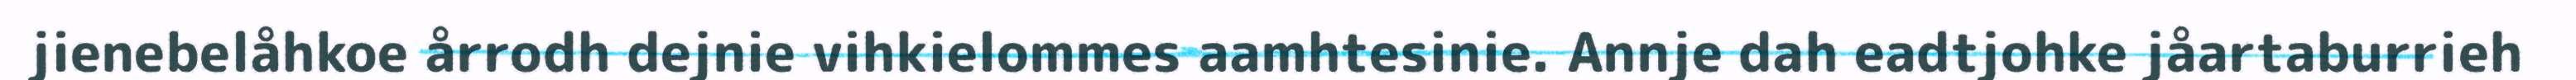
jienebelåhkoe årrodh dejnie vihkielommes aamhtesinie. Annje dah eadtjohke jåartaburrieh